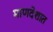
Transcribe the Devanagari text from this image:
माणदेशात